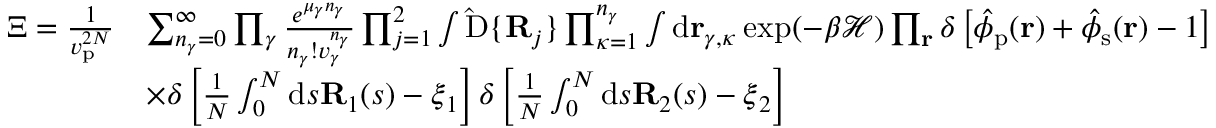
\begin{array} { r l } { { \Xi } = \frac { 1 } { v _ { \mathrm { p } } ^ { 2 N } } } & { \sum _ { n _ { \gamma } = 0 } ^ { \infty } \prod _ { \gamma } \frac { e ^ { \mu _ { \gamma } n _ { \gamma } } } { n _ { \gamma } ! v _ { \gamma } ^ { n _ { \gamma } } } \prod _ { j = 1 } ^ { 2 } \int \mathrm { \hat { D } } \{ \mathbf { R } _ { j } \} \prod _ { \kappa = 1 } ^ { n _ { \gamma } } \int \mathrm { d } \mathbf { r } _ { \gamma , \kappa } \exp ( - { \beta } \mathcal { H } ) \prod _ { \mathbf { r } } \delta \left[ \hat { \phi } _ { \mathrm { p } } ( \mathbf { r } ) + \hat { \phi } _ { \mathrm { s } } ( \mathbf { r } ) - 1 \right] } \\ & { \times \delta \left[ \frac { 1 } { N } \int _ { 0 } ^ { N } \mathrm { d } s \mathbf { R } _ { 1 } ( s ) - \boldsymbol { \xi } _ { 1 } \right] \delta \left[ \frac { 1 } { N } \int _ { 0 } ^ { N } \mathrm { d } s \mathbf { R } _ { 2 } ( s ) - \boldsymbol { \xi } _ { 2 } \right] } \end{array}